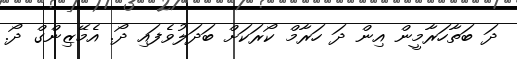
ދަ ބަތާހަރާމީން އިން ދަ ހަރާމް ކޯރަކަށް ބަދަލުވެފައި ދޯ. އެމޭޒިންގް ދޯ.